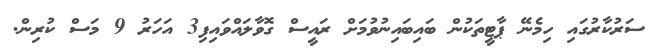
ސަރުކާރުގައި ހިމެނޭ ޕާޓީތަކުން ބައިބައިނުވުމަށް ރައީސް ގޮވާލައްވައިފި3 އަހަރު 9 މަސް ކުރިން.